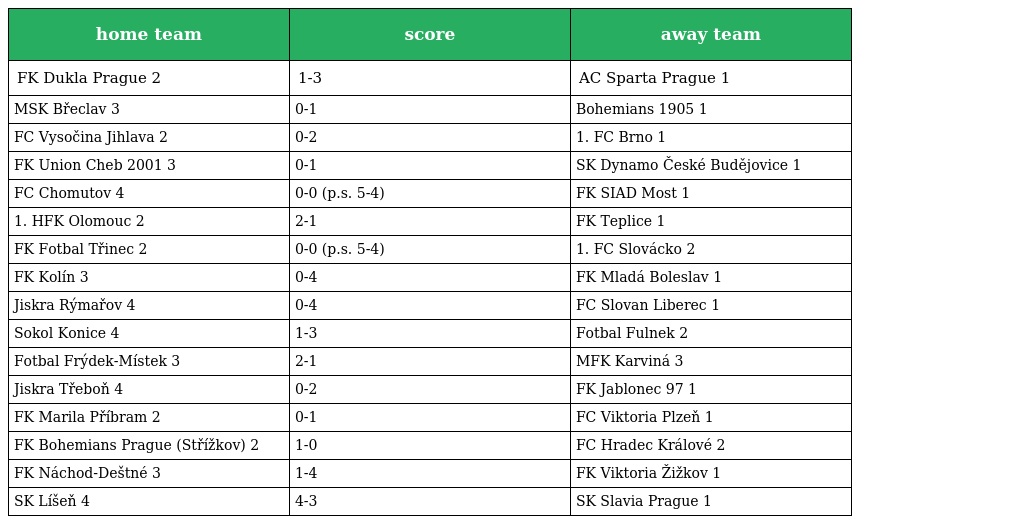
| home team | score | away team |
 | --- | --- | --- |
 | FK Dukla Prague 2 | 1-3 | AC Sparta Prague 1 |
 | MSK Břeclav 3 | 0-1 | Bohemians 1905 1 |
 | FC Vysočina Jihlava 2 | 0-2 | 1. FC Brno 1 |
 | FK Union Cheb 2001 3 | 0-1 | SK Dynamo České Budějovice 1 |
 | FC Chomutov 4 | 0-0 (p.s. 5-4) | FK SIAD Most 1 |
 | 1. HFK Olomouc 2 | 2-1 | FK Teplice 1 |
 | FK Fotbal Třinec 2 | 0-0 (p.s. 5-4) | 1. FC Slovácko 2 |
 | FK Kolín 3 | 0-4 | FK Mladá Boleslav 1 |
 | Jiskra Rýmařov 4 | 0-4 | FC Slovan Liberec 1 |
 | Sokol Konice 4 | 1-3 | Fotbal Fulnek 2 |
 | Fotbal Frýdek-Místek 3 | 2-1 | MFK Karviná 3 |
 | Jiskra Třeboň 4 | 0-2 | FK Jablonec 97 1 |
 | FK Marila Příbram 2 | 0-1 | FC Viktoria Plzeň 1 |
 | FK Bohemians Prague (Střížkov) 2 | 1-0 | FC Hradec Králové 2 |
 | FK Náchod-Deštné 3 | 1-4 | FK Viktoria Žižkov 1 |
 | SK Líšeň 4 | 4-3 | SK Slavia Prague 1 |